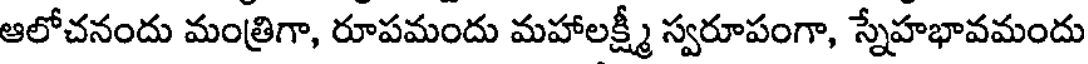
ఆలోచనందు మంత్రిగా, రూపమందు మహాలక్ష్మీ స్వరూపంగా, స్నేహభావమందు